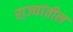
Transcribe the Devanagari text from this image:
रा़ज्यांतील